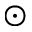
\odot